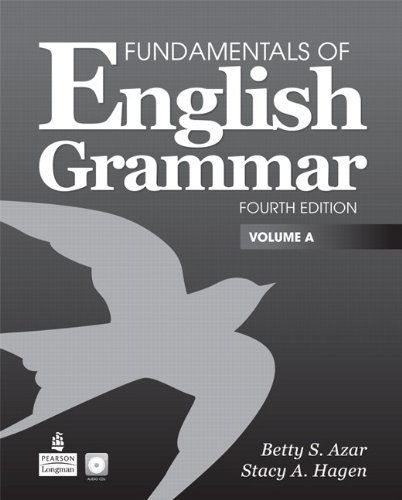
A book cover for Fundamentals of English Grammar, Volume A (Book & CD); Betty Schrampfer Azar; Reference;